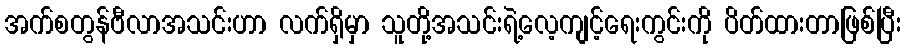
အက်စတွန်ဗီလာအသင်းဟာ လက်ရှိမှာ သူတို့အသင်းရဲ့လေ့ကျင့်ရေးကွင်းကို ပိတ်ထားတာဖြစ်ပြီး